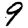
Digit: 9